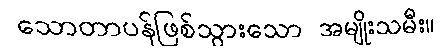
သောတာပန်ဖြစ်သွားသော အမျိုးသမီး။